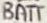
Text: BATT